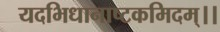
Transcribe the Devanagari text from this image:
यदभिधानाष्टकमिदम्।।